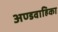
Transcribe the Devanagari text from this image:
अण्डवाहिका